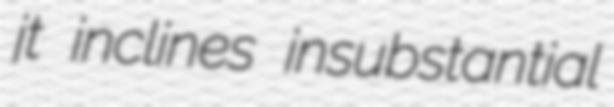
jt inclines insubstantial